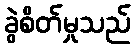
ခွဲစိတ်မှုသည်